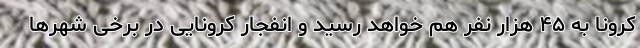
کرونا به ۴۵ هزار نفر هم خواهد رسید و انفجار کرونایی در برخی شهرها